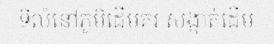
ទីលំនៅភូមិដើមគរ សង្កាត់ដើម